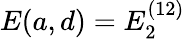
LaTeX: E(a,d)=E_{2}^{(12)}